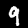
Digit: 9